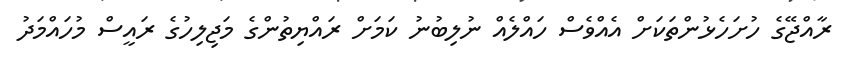
ރާއްޖޭގެ ހުށަހެޅުންތަކަށް އެއްވެސް ހައްލެއް ނުލިބުނު ކަމަށް ރައްޔިތުންގެ މަޖިލިހުގެ ރައީސް މުހައްމަދު